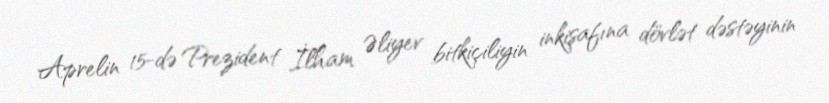
Aprelin 15-də Prezident İlham Əliyev bitkiçiliyin inkişafına dövlət dəstəyinin